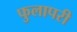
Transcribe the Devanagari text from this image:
फुलापरी